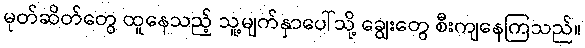
မုတ်ဆိတ်တွေ ထူနေသည့် သူ့မျက်နှာပေါ်သို့ ချွေးတွေ စီးကျနေကြသည်။